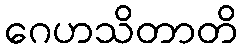
ဂေဟသိတာတိ